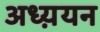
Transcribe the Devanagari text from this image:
अध्य़यन